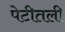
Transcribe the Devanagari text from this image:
पेटीतली